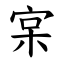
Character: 宲